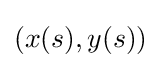
(x(s),y(s))